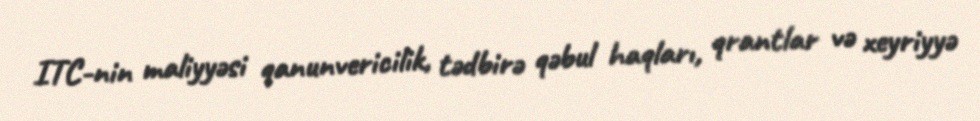
ITC-nin maliyyəsi qanunvericilik, tədbirə qəbul haqları, qrantlar və xeyriyyə